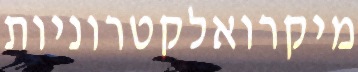
מיקרואלקטרוניות